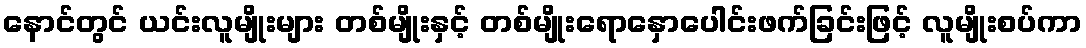
နောင်တွင် ယင်းလူမျိုးများ တစ်မျိုးနှင့် တစ်မျိုးရောနှောပေါင်းဖက်ခြင်းဖြင့် လူမျိုးစပ်ကာ